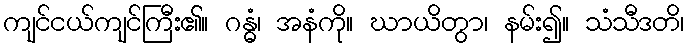
ကျင်ငယ်ကျင်ကြီး၏။ ဂန္ဓံ၊ အနံကို။ ဃာယိတွာ၊ နမ်း၍။ သံသီဒတိ၊